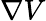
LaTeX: \nabla V